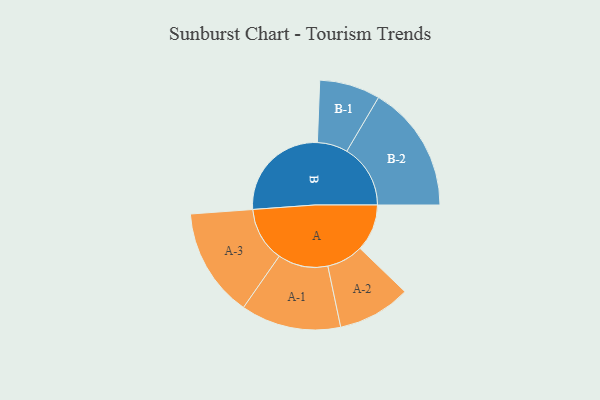
{"axis": {"x": "Segment", "y": "Value"}, "legend": ["", "A", "B"], "data": [{"x": "A", "y": 212, "type": ""}, {"x": "B", "y": 465, "type": ""}, {"x": "A-1", "y": 226, "type": "A"}, {"x": "A-2", "y": 165, "type": "A"}, {"x": "A-3", "y": 246, "type": "A"}, {"x": "B-1", "y": 137, "type": "B"}, {"x": "B-2", "y": 287, "type": "B"}]}